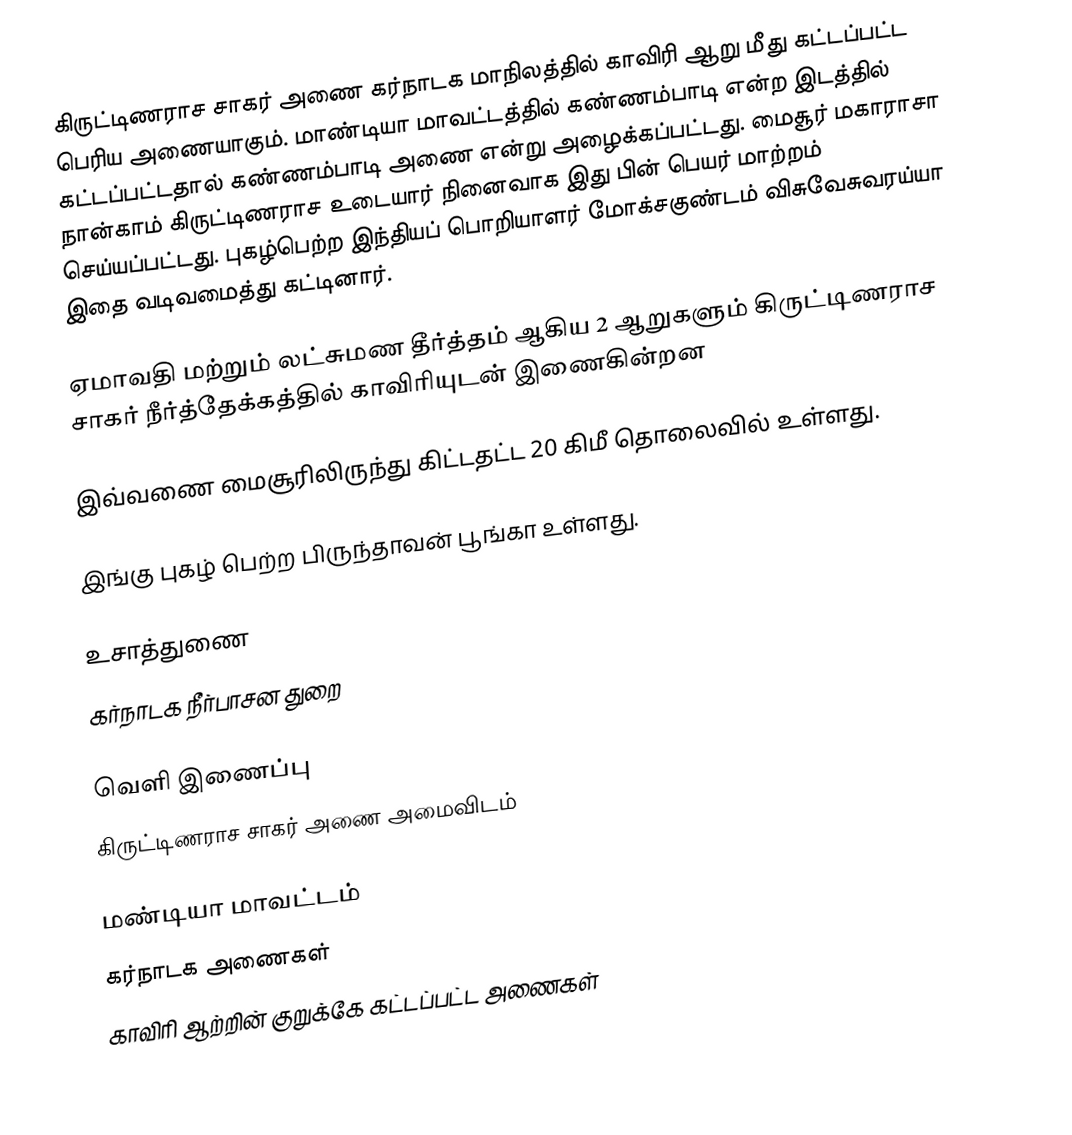
கிருட்டிணராச சாகர் அணை கர்நாடக மாநிலத்தில் காவிரி ஆறு மீது கட்டப்பட்ட பெரிய அணையாகும். மாண்டியா மாவட்டத்தில் கண்ணம்பாடி என்ற இடத்தில் கட்டப்பட்டதால் கண்ணம்பாடி அணை என்று அழைக்கப்பட்டது. மைசூர் மகாராசா நான்காம் கிருட்டிணராச உடையார் நினைவாக இது பின் பெயர் மாற்றம் செய்யப்பட்டது. புகழ்பெற்ற இந்தியப் பொறியாளர் மோக்சகுண்டம் விசுவேசுவரய்யா இதை வடிவமைத்து கட்டினார்.

ஏமாவதி மற்றும் லட்சுமண தீர்த்தம் ஆகிய 2 ஆறுகளும் கிருட்டிணராச சாகர் நீர்த்தேக்கத்தில் காவிரியுடன் இணைகின்றன

இவ்வணை மைசூரிலிருந்து கிட்டதட்ட 20 கிமீ தொலைவில் உள்ளது.

இங்கு புகழ் பெற்ற பிருந்தாவன் பூங்கா உள்ளது.

உசாத்துணை
கர்நாடக நீர்பாசன துறை

வெளி இணைப்பு
கிருட்டிணராச சாகர் அணை அமைவிடம்

மண்டியா மாவட்டம்
கர்நாடக அணைகள்
காவிரி ஆற்றின் குறுக்கே கட்டப்பட்ட அணைகள்